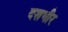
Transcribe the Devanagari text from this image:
दशभीर